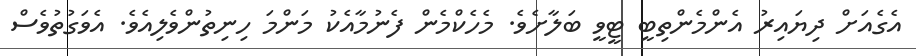
އެގެއަށް ދިޔައިރު އެންމެންތިބީ ޓީވީ ބަލާށެވެ. މެހެކްމެން ފެނުމާއެކު މަންމަ ހިނިތުންވެލިއެވެ. އެވަގުތުވެސް